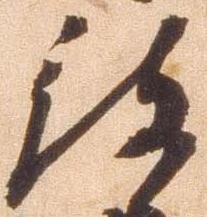
被